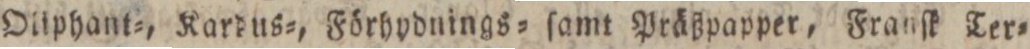
Oilphant=, Kardus=, Förhydnings= ſamt Präßpapper, Franſk Ter=